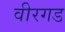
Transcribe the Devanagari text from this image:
वीरगड